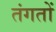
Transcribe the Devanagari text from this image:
तंगतों